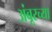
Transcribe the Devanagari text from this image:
अंबूरच्या